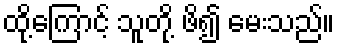
ထို့ကြောင့် သူတို့ ဖိ၍ မေးသည်။